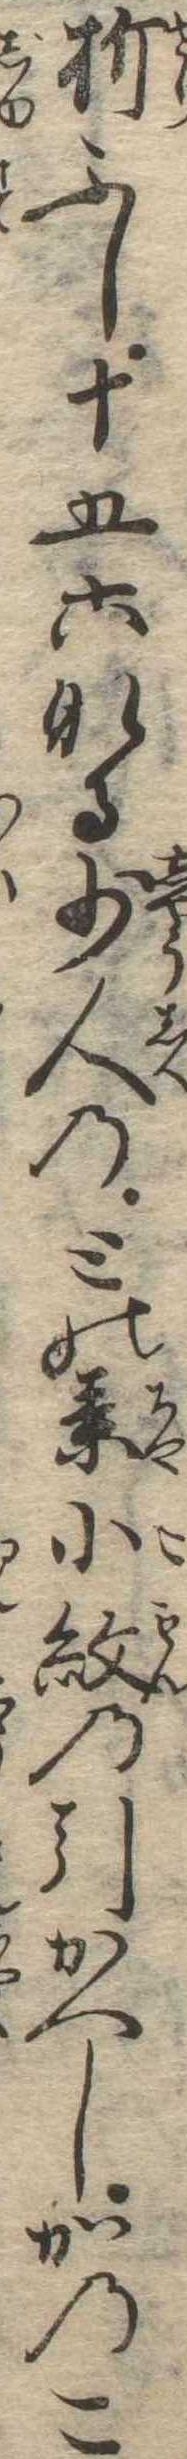
折ふし十五六なる少人のとの茶小紋の引かへしかの子